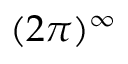
( 2 \pi ) ^ { \infty }